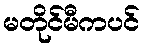
မတိုင်မီကပင်